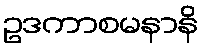
ဥဒကာစမနာနိ